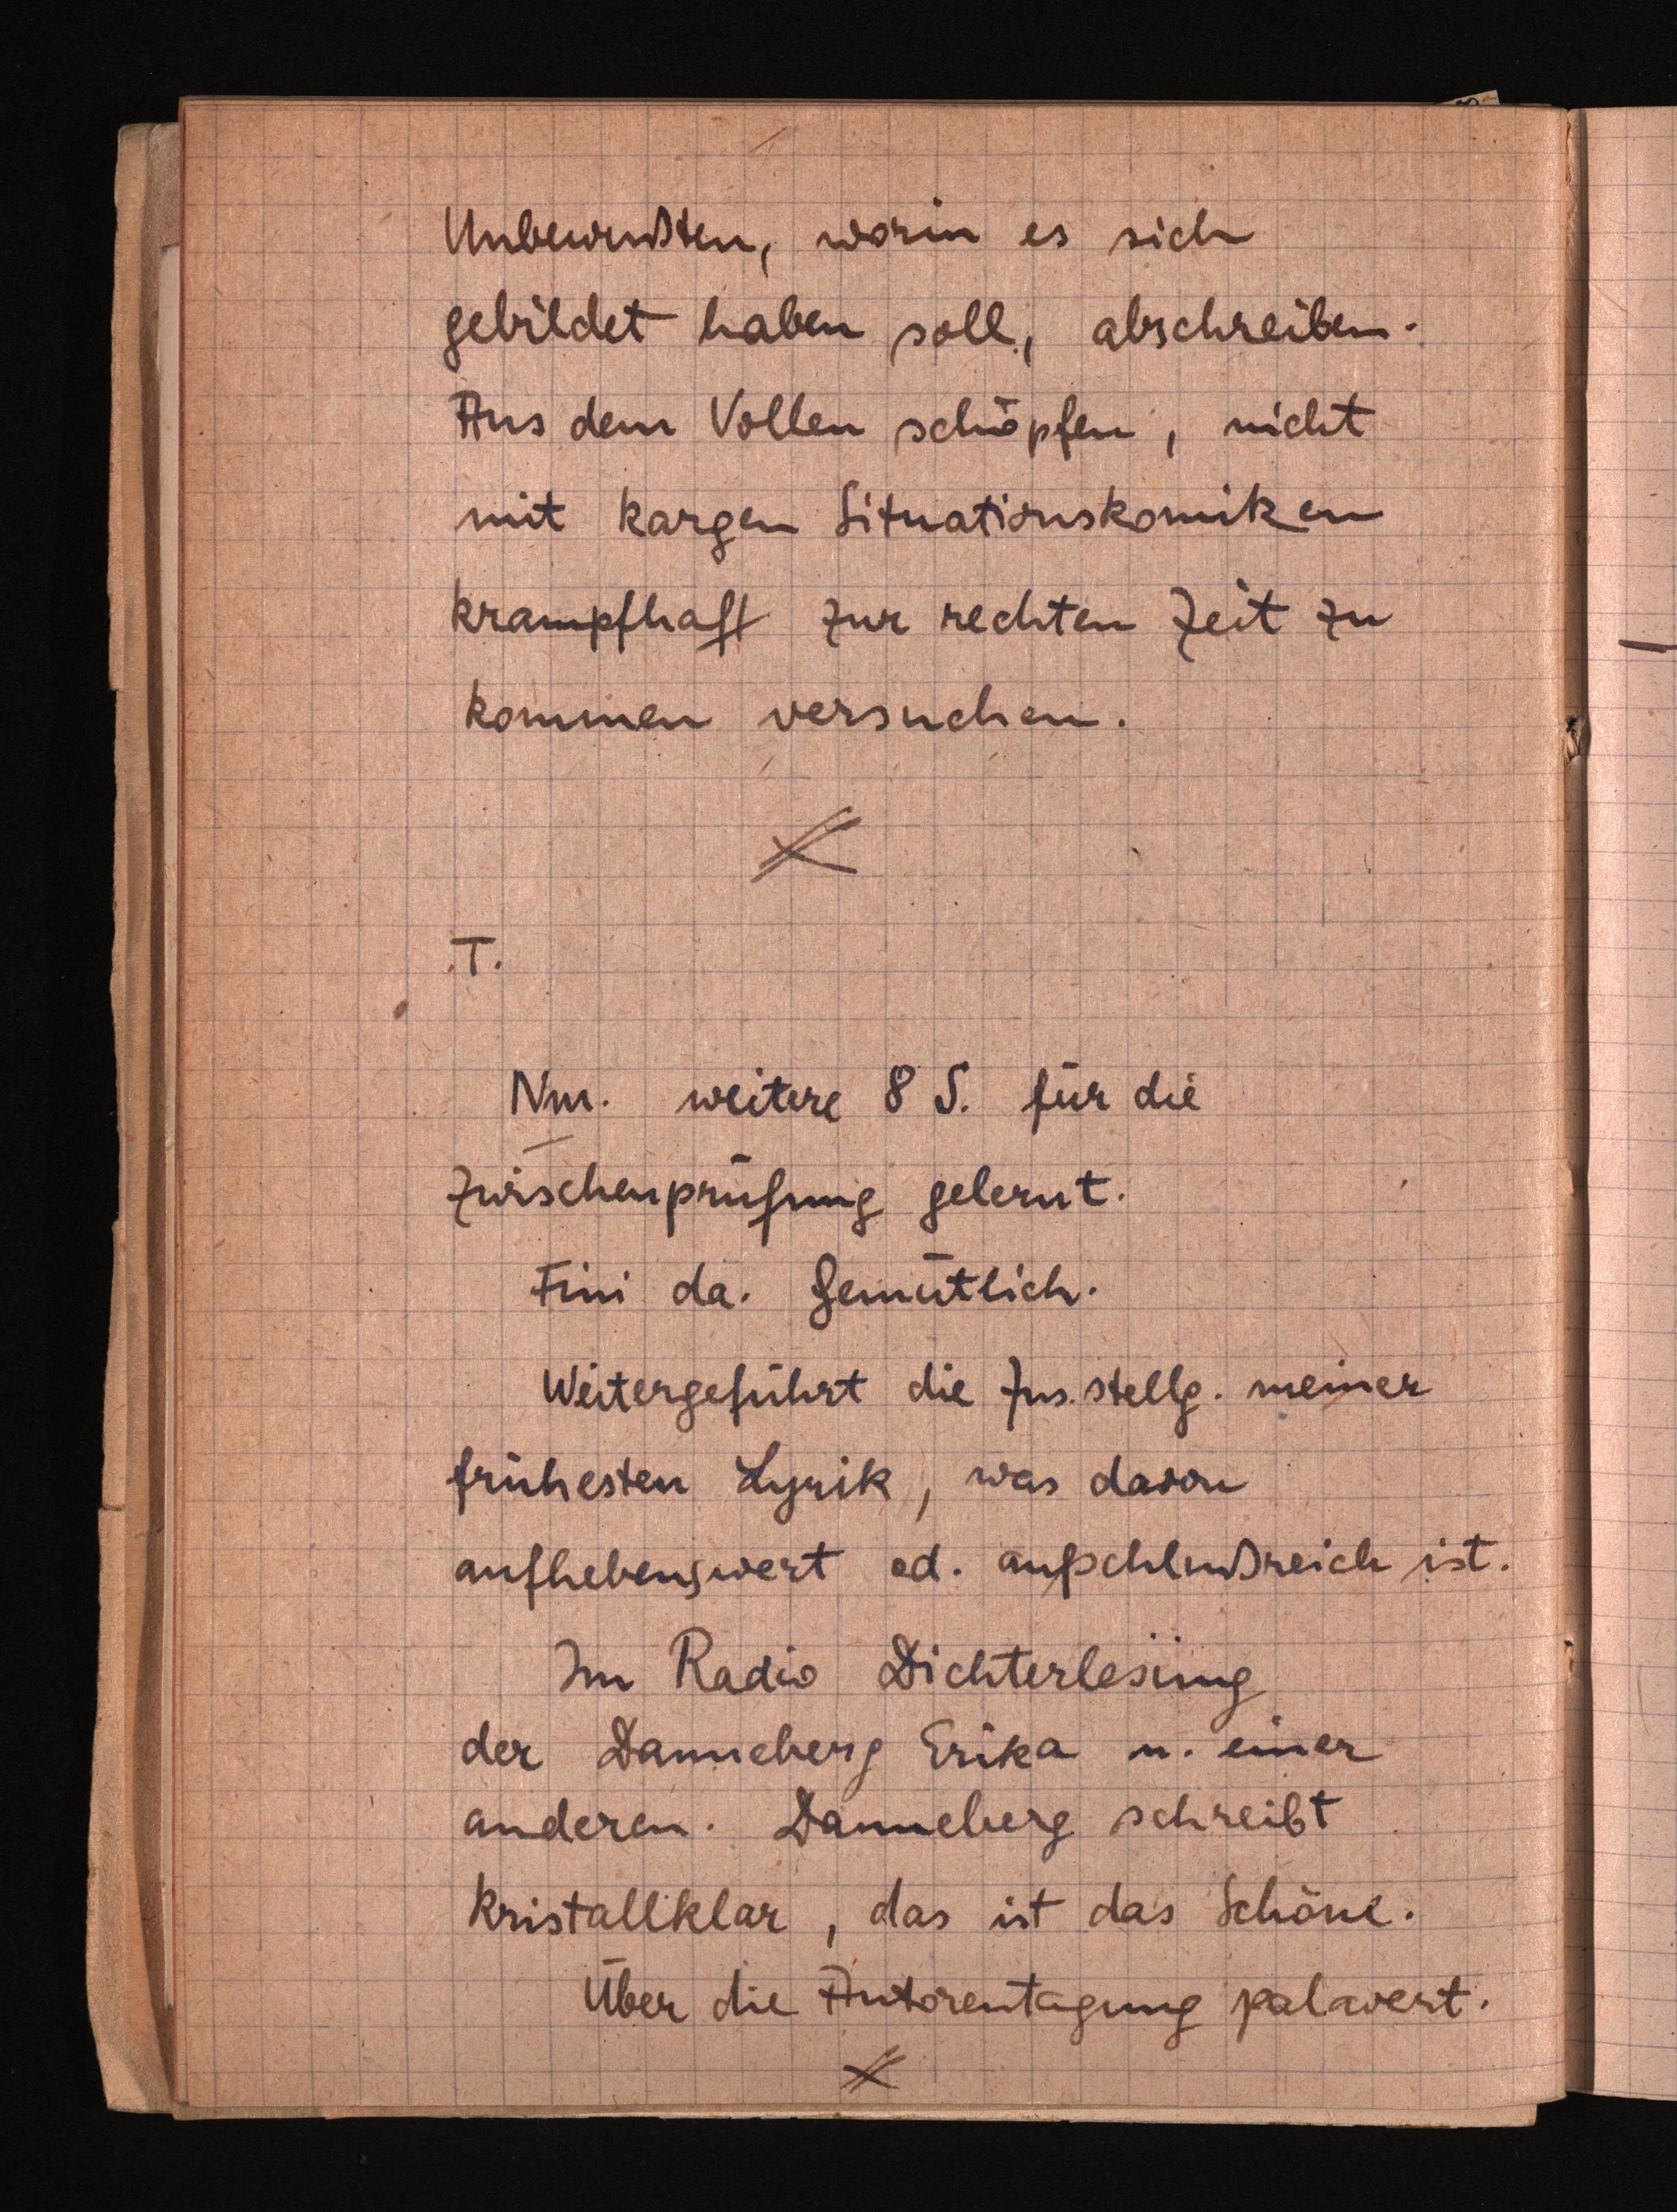
Unbewußten, worin es sich
gebildet haben soll, abschreiben.
Aus dem Vollen schöpfen, nicht
mit kargenSituationskomiken
krampfhaft zur rechten Zeit zu
kommen versuchen.
T.
Nm. weitere 8 S. für die
Zwischenprüfung gelernt.
Fini da. Gemütlich.
Weitergeführt die Zus.stellg. meiner
frühesten Lyrik, was davon
aufhebenswert od. aufschlußreich ist.
Im Radio Dichterlesung
der Danneberg Erika u. einer
anderen. Danneberg schreibt
kristallklar, das ist das Schöne.
Über die Autorentagung palavert.